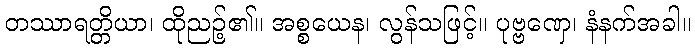
တဿာရတ္တိယာ၊ ထိုညဉ့်၏။ အစ္စယေန၊ လွန်သဖြင့်။ ပုဗ္ဗဏှေ၊ နံနက်အခါ။